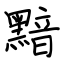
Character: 黯